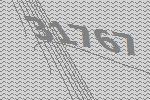
31767